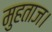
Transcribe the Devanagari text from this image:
मुहताज।